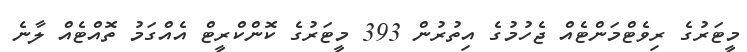
މީޓަރުގެ ރިވެޓްމަންޓެއް ޖެހުމުގެ އިތުރުން 393 މީޓަރުގެ ކޮންކްރީޓް އެއްގަމު ތޮއްޓެއް ލާނެ